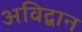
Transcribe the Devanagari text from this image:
अविद्वान